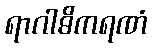
ရာဂါဓိကရဏံ